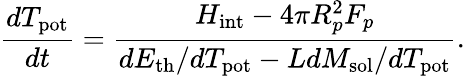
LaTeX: \frac{dT_{\mathrm{pot}}}{dt}=\frac{H_{\mathrm{int}}-4\pi R_{p}^{2}F_{p}}{dE_{\mathrm{th}}/dT_{\mathrm{pot}}-LdM_{\mathrm{sol}}/dT_{\mathrm{pot}}}.